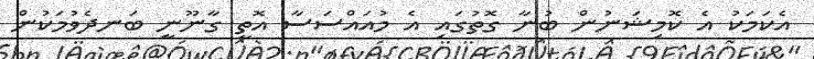
އެކަމަކު އެ ކޮމިޝަނުން ބުނާ ގޮތުގައި އެ މުއައްސަސާ އޮތީ ގާނޫނީ ބަނދެވުމަކުން